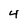
Character: 4